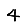
Digit: 4